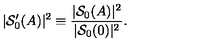
| { \mathcal S } _ { 0 } ^ { \prime } ( A ) | ^ { 2 } \equiv \frac { | { \mathcal S } _ { 0 } ( A ) | ^ { 2 } } { | { \mathcal S } _ { 0 } ( 0 ) | ^ { 2 } } .